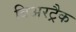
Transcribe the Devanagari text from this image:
बिअरट्रैक